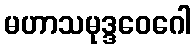
မဟာသမုဒ္ဒဝေဂေါ